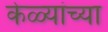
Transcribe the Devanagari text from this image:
केळ्यांच्या